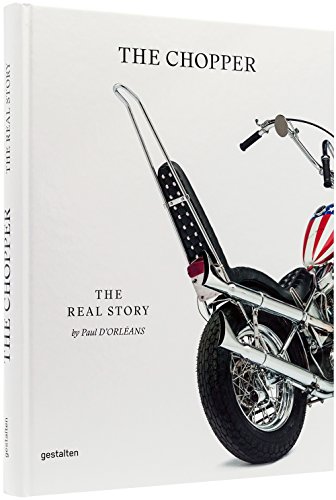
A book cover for The Chopper: The Real Story; Arts & Photography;